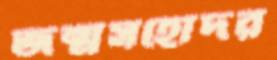
জন্মসহোদর